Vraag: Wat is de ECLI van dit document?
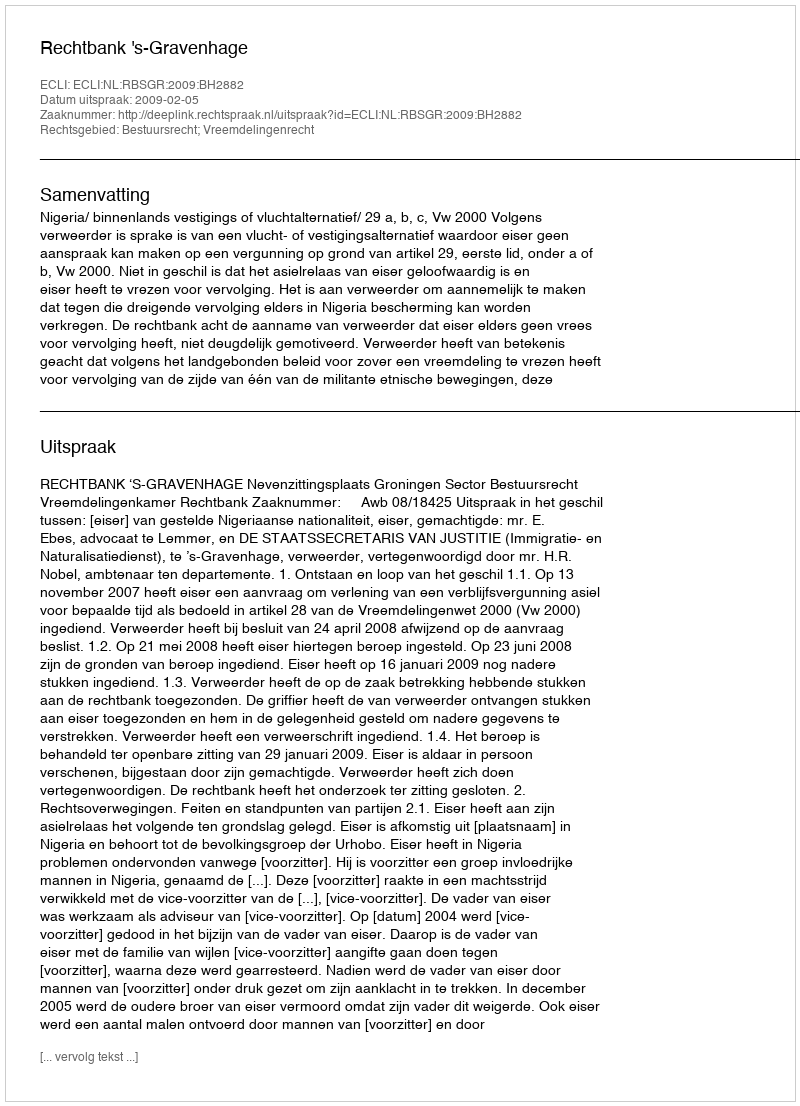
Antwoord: ECLI:NL:RBSGR:2009:BH2882